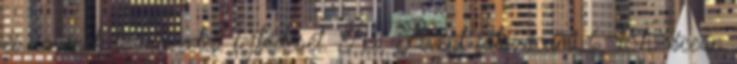
és ínyének természetes fejlődését. Az. Avent játszócumi 6-18h. óceán